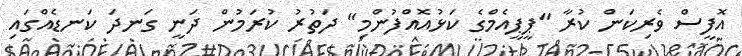
އޮފީސް ވެރިކަން ކުރާ "ޕީޕީއެމްގެ ކަޅުއޮއްފުންމި" ދަތުރު ކުރަމުން ދަނީ ގަނދަ ކަނޑެއްގައި